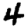
Digit: 4